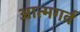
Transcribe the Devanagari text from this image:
आत्मगर्व